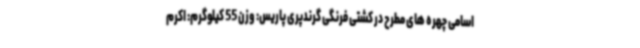
اسامی چهره های مطرح در کشتی فرنگی گرندپری پاریس: وزن 55 کیلوگرم: اکرم